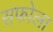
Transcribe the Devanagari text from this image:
सफोला